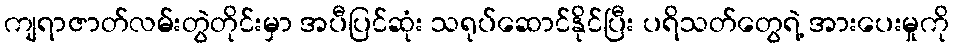
ကျရာဇာတ်လမ်းတွဲတိုင်းမှာ အပီပြင်ဆုံး သရုပ်ဆောင်နိုင်ပြီး ပရိသတ်တွေရဲ့ အားပေးမှုကို